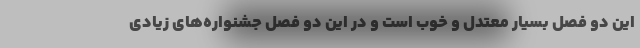
این دو فصل بسیار معتدل و خوب است و در این دو فصل جشنواره‌های زیادی